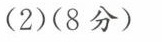
(2)(8分)